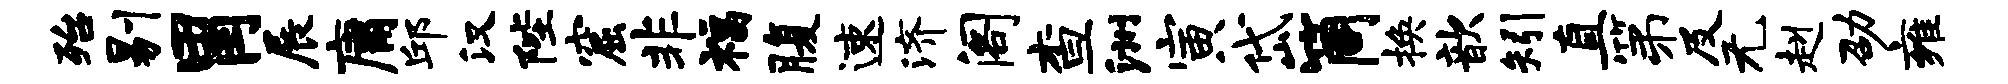
殆剔胃展庸邱汉陛窟非福腹速济阁查洲寅岱筒换歆矧直第及无赳劭雍